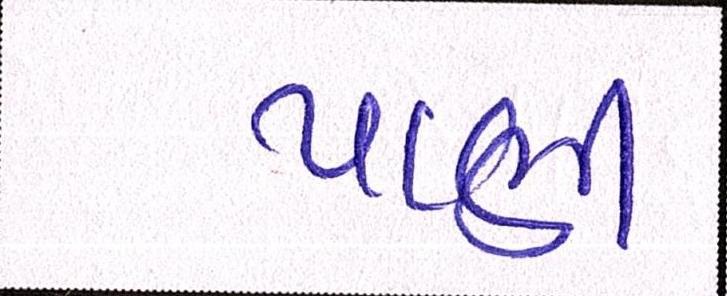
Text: પાણી